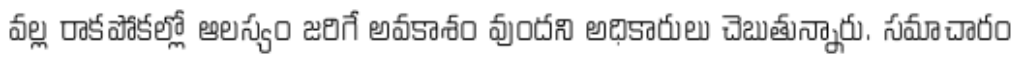
వల్ల రాకపోకల్లో ఆలస్యం జరిగే అవకాశం వుందని అధికారులు చెబుతున్నారు. సమాచారం